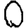
Digit: 0